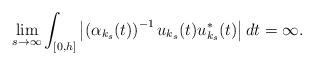
LaTeX: \begin{align*}\lim_{s\rightarrow\infty}\int\nolimits_{[0,h]}\left\vert \left( \alpha_{k_{s}}(t)\right) ^{-1}u_{k_{s}}(t)u_{k_{s}}^{\ast}(t)\right\vert dt=\infty.\end{align*}